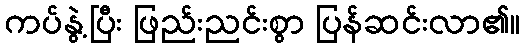
ကပ်နွဲ့ပြီး ဖြည်းညင်းစွာ ပြန်ဆင်းလာ၏။